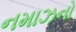
નમાઝનો